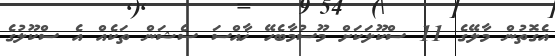
އެގޮތުން މާލޭގެ 11 ސްކޫލަކަށް މޫސުމާބެހޭ ޚާއްސަ ސެޝަން ތަކެއް އެ ސްކޫލުގެ